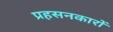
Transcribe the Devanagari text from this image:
प्रहसनकारों